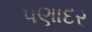
પણાદર